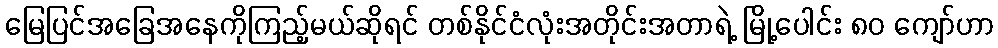
မြေပြင်အခြေအနေကိုကြည့်မယ်ဆိုရင် တစ်နိုင်ငံလုံးအတိုင်းအတာရဲ့ မြို့ပေါင်း ၈၀ ကျော်ဟာ